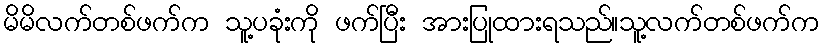
မိမိလက်တစ်ဖက်က သူ့ပခုံးကို ဖက်ပြီး အားပြုထားရသည်။သူ့လက်တစ်ဖက်က